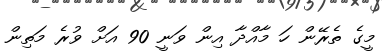
މީގެ ތެރޭން ހަ މާއްދާ އިން ވަނީ 90 އަށް ވުރެ މަތިން